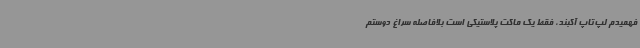
فهمیدم لپ‌تاپ آکبند، فقط یک ماکت پلاستیکی است بلافاصله سراغ دوستم